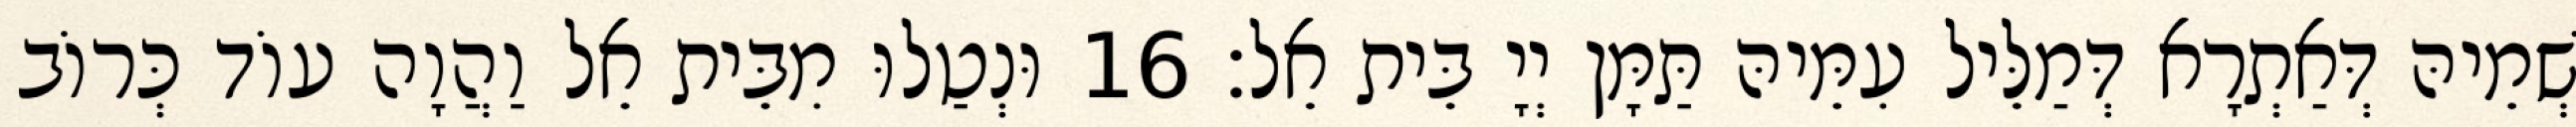
שְׁמֵיהּ דְּאַתְרָא דְּמַלֵּיל עִמֵּיהּ תַּמָּן יְיָ בֵּית אֵל׃ 16 וּנְטַלוּ מִבֵּית אֵל וַהֲוָה עוֹד כְּרוֹב